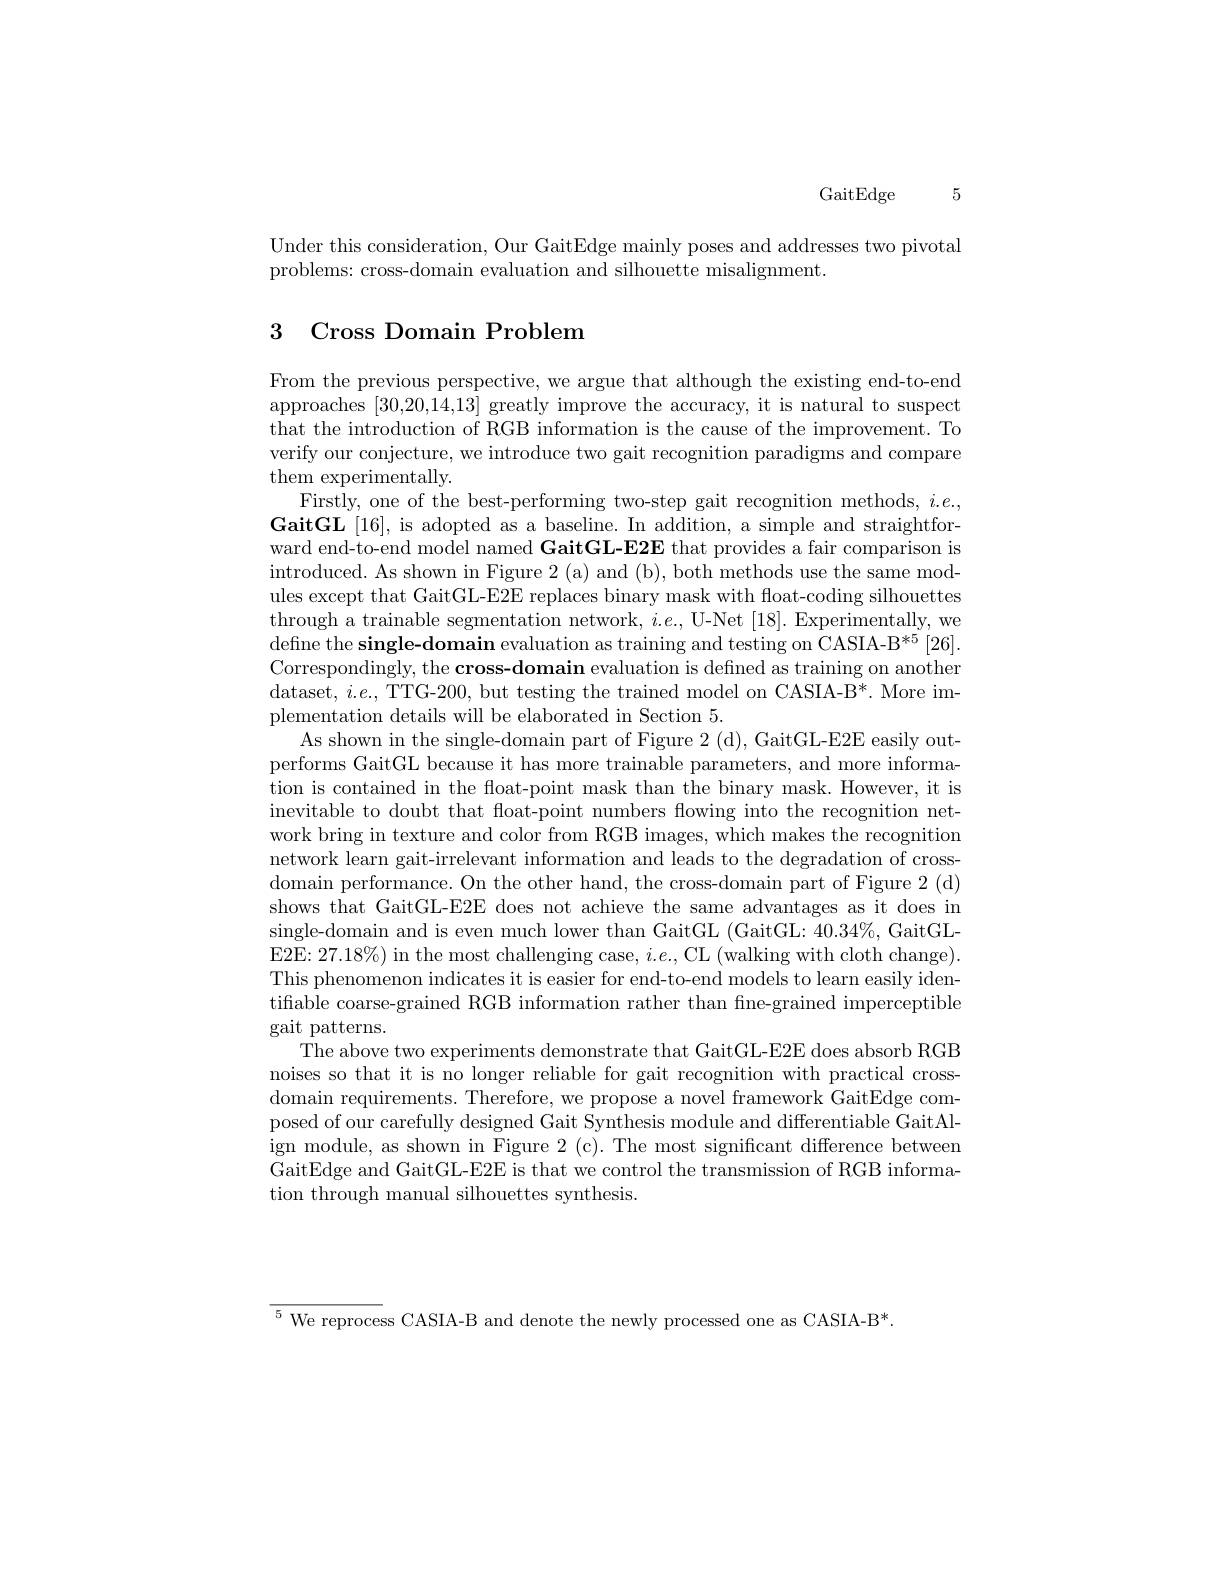
GaitEdge 5

Under this consideration, Our GaitEdge mainly poses and addresses two pivotal
problems: cross-domain evaluation and silhouette misalignment.

# 3 Cross Domain Problem

From the previous perspective, we argue that although the existing end-to-end approaches [30,20,14,13] greatly improve the accuracy, it is natural to suspect that the introduction of RGB information is the cause of the improvement. To verify our conjecture, we introduce two gait recognition paradigms and compare them experimentally.
Firstly, one of the best-performing two-step gait recognition methods, $i.e..$ $\mathbf{GaitGL}$ [16], is adopted as a baseline. In addition, a simple and straightforward end-to-end model named GaitGL-E2E that provides a fair comparison is introduced. As shown in Figure 2 (a) and (b), both methods use the same modules except that GaitGL-E2E replaces binary mask with float-coding silhouettes through a trainable segmentation network, $i.e.$, U-Net [18]. Experimentally, we define the single-domain evaluation as training and testing on CASIA-B*5 [26]. Correspondingly, the cross-domain evaluation is defined as training on another dataset, $i.e.$, TTG-200, but testing the trained model on CASIA-B*. More implementation details will be elaborated in Section 5.
As shown in the single-domain part of Figure 2 (d), GaitGL-E2E easily outperforms GaitGL because it has more trainable parameters, and more information is contained in the float-point mask than the binary mask. However, it is inevitable to doubt that float-point numbers flowing into the recognition network bring in texture and color from RGB images, which makes the recognition network learn gait-irrelevant information and leads to the degradation of crossdomain performance. On the other hand, the cross-domain part of Figure 2 (d) shows that GaitGL-E2E does not achieve the same advantages as it does in single-domain and is even much lower than GaitGL (GaitGL: 40.34%, GaitGLE2E: 27.18%) in the most challenging case, $i.e.$, CL (walking with cloth change) This phenomenon indicates it is easier for end-to-end models to learn easily identiffable coarse-grained RGB information rather than fine-grained imperceptible gait patterns.
The above two experiments demonstrate that GaitGL-E2E does absorb RGB noises so that it is no longer reliable for gait recognition with practical crossdomain requirements. Therefore, we propose a novel framework GaitEdge composed of our carefully designed Gait Synthesis module and differentiable GaitAlign module, as shown in Figure 2 (c). The most significant difference between GaitEdge and GaitGL-E2E is that we control the transmission of RGB information through manual silhouettes synthesis.

$^{5}$ We reprocess CASIA-B and denote the newly processed one as CASIA-B*.